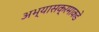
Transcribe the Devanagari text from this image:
अभ्यासक्रमाकडे